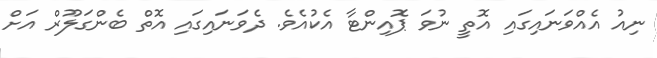
ނިއު އެއްވަނައިގައި އޮތީ ނުވަ ޕޮއިންޓާ އެކުއެވެ. ދެވަނައިގައި އޮތް ބެންގަލޫރް އަށް